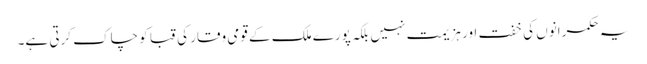
یہ حکمرانوں کی خفت اور ہزیمت نہیں بلکہ پورے ملک کے قومی وقار کی قبا کو چاک کرتی ہے۔